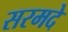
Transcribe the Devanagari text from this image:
सरमदे